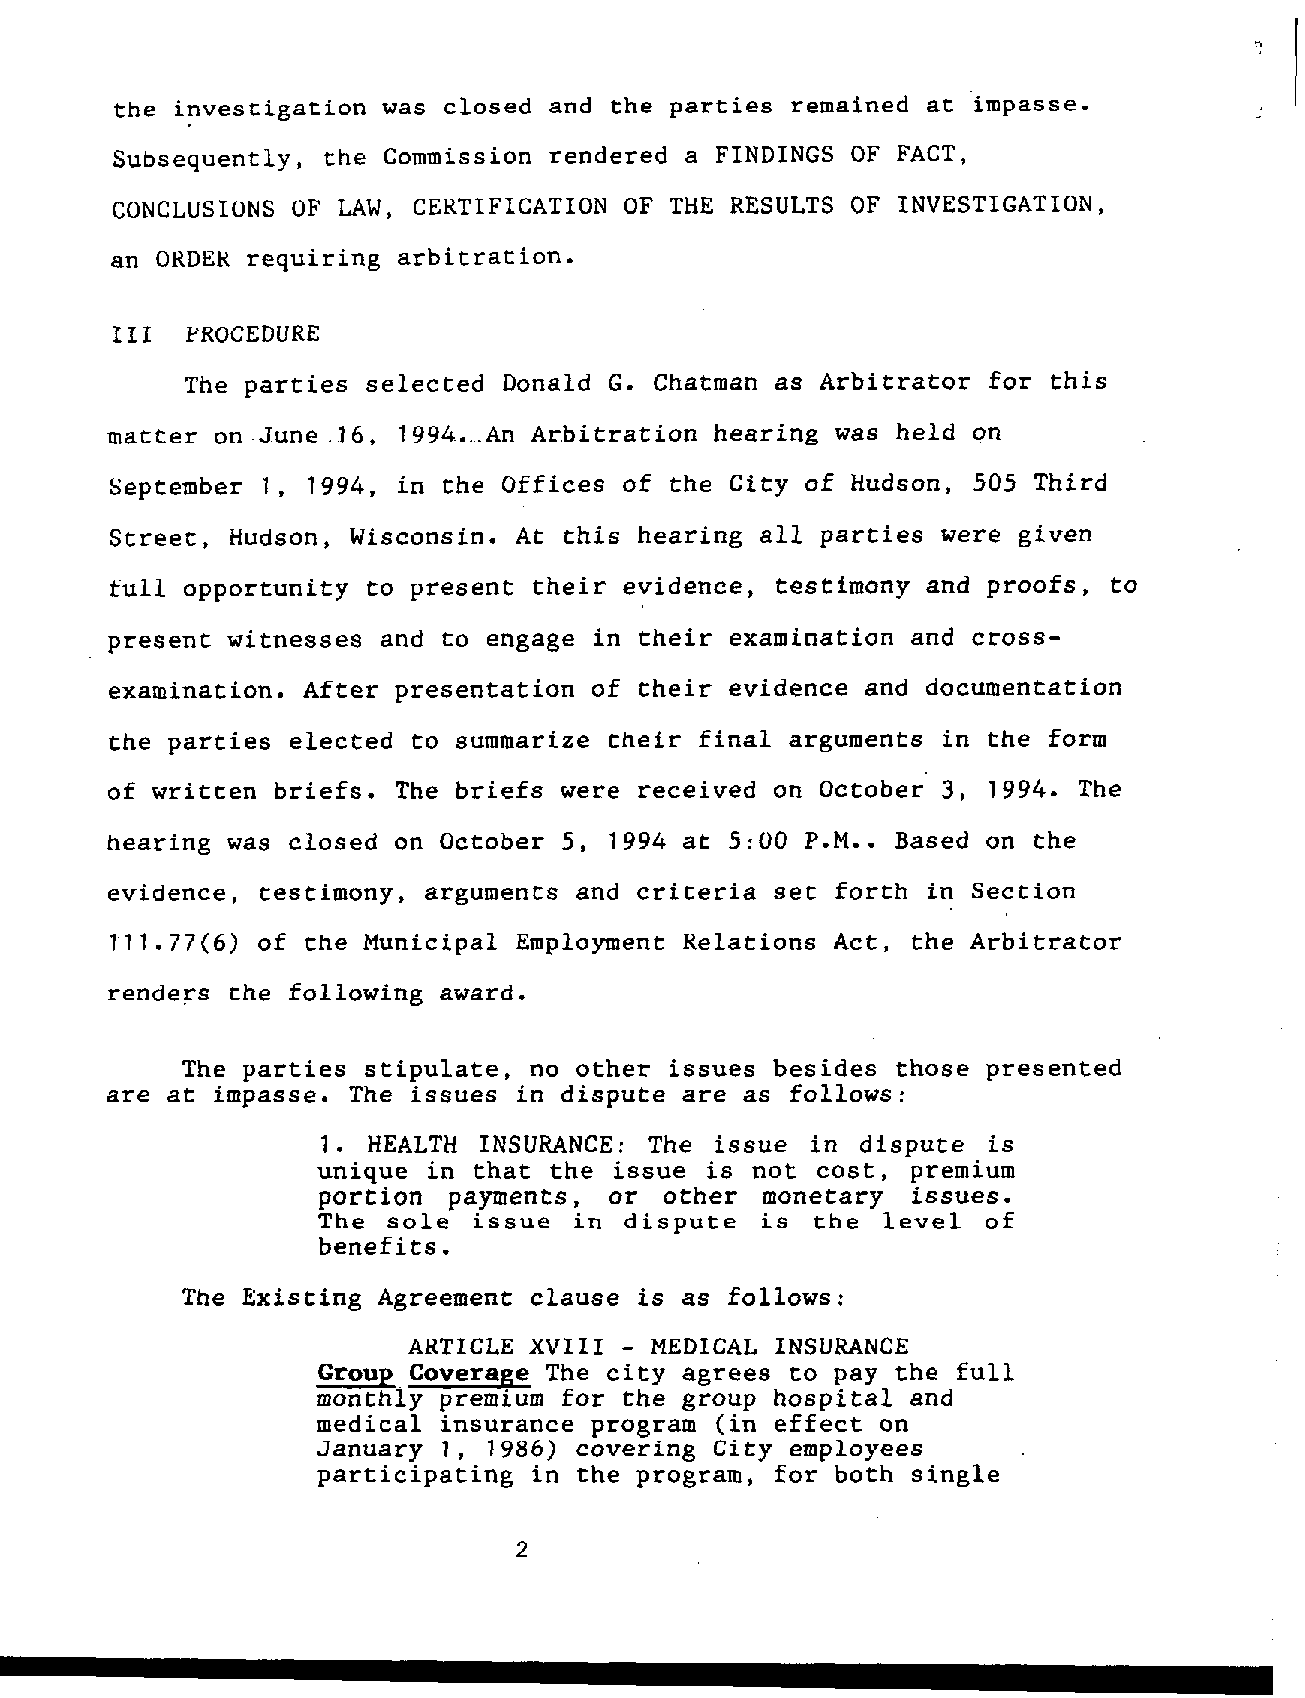
n
 the investigation was closed and the parties remained at impasse.
 Subsequently, the Commission rendered a FINDINGS OF FACT,
 CONCLUSIONSO  F LAW, CEKTIFICATION OF THE RESULTSO F INVESTIGATION,
 an OKDEKr equiring arbitration.
 III  PROCEDURE
 The parties selected Donald G. Chatman as Arbitrator for  this
 matter on.June.16, 1994...An Ar.bitration hearing was held on
 September 1, 1994, in the Offices of the City of Hudson, 505 Third
 Street, Hudson, Wisconsin. At this hearing all parties were given
 full opportunity to present their evidence, testimony and proofs, to
 present witnesses and to engage in their examination and cross-
 examination. After presentation of their evidence and documentation
 the parties elected to summarize their final arguments in the form
 of written briefs. The briefs were received on October 3, 1994. The
 hearing was closed on October 5, 1994 at 5:GO P.M.. Based on the
 evidence, testimony, arguments and criteria set forth in Section
 111.77(6) of the Municipal Employment Relations Act, the Arbitrator
 renders the following award.
 The parties stipulate, no other issues besides those presented
 are at impasse. The issues in dispute are as follows:
 1. HEALTH  INSURANCE: The issue  in dispute is
 unique in that the  issue is not cost, premium
 portion  payments, or  other monetary  issues.
 The  sole issue  in dispute  is  the level  of
 benefits.
 The Existing Agreement clause is as follows:
 ARTICLE XVIII - MEDICAL INSURANCE
 Group~Coverage The city agrees to pay the full
 monthly premium for the group hospital and
 medical insurance program (in effect on
 January 1, 1986) covering City employees
 participating in the program, for both single